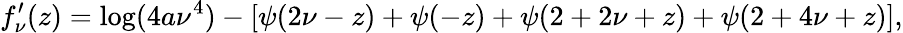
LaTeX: f_{\nu}^{\prime}(z)=\log(4a\nu^{4})-[\psi(2\nu-z)+\psi(-z)+\psi(2+2\nu+z)+\psi(2+4\nu+z)],